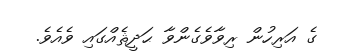
ގެ އަރިހުން ރިވާވެގެންވާ ޙަދީޘެއްގައި ވެއެވެ.